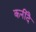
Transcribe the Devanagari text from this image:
कनीदै